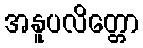
အနူပလိတ္တော